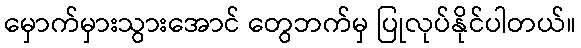
မှောက်မှားသွားအောင် တွေဘက်မှ ပြုလုပ်နိုင်ပါတယ်။